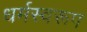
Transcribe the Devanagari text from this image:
धर्मस्वरूप